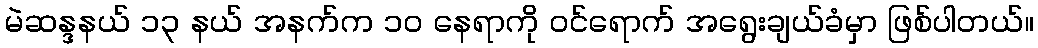
မဲဆန္ဒနယ် ၁၃ နယ် အနက်က ၁ဝ နေရာကို ဝင်ရောက် အရွေးချယ်ခံမှာ ဖြစ်ပါတယ်။